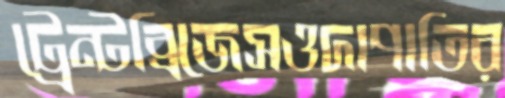
ট্রেন্টব্রিজেসওদাপাতির